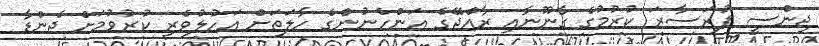
ޖިންސީ ފުރަސާރަ ކުރުމުގެ ގާނޫނާއި ރާއްޖޭގެ އަންހެނުންގެ ހާލަތަށް އަހުލުވެރި ކުރުވުމަށް ޖެންޑާ